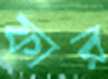
ফার